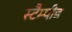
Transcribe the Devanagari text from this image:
स्टैम्पीड